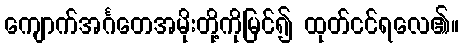
ကျောက်အင်္ဂတေအမိုးတို့ကိုမြင်၍ ထုတ်ငင်ရလေ၏။